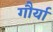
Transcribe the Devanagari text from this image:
गौर्या